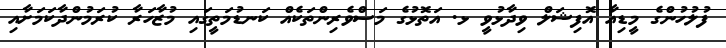
ފުލުހުންގެ މީޑިއާ އޮފިޝަލް ވިދާޅުވީ ޅ. އަތޮޅުގެ މަސްވެރިންތަކެއް ކަނޑުމަތީގައި މުޒާހަރާ ކުރަމުންދާކަމަށާއި